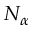
N _ { \alpha }